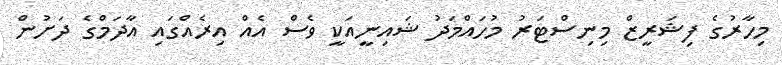
މިހާރުގެ ފިޝަރީޒް މިނިސްޓަރު މުހައްމަދު ޝައިނީއަކީ ވެސް އެއް އިރެއްގައި އާދަމްގެ ދަށުން